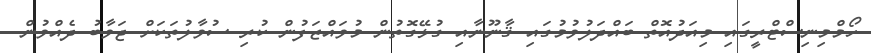
ހޯމްމިނިސްޓްރީގައި މިއަދުއޮތް ބައްދަލުވުމުގައި ޤާނޫނާއި ގުޅޭގޮތުން މުވައްޒަފުން ކުރި ސުވާލުތަކަށް ޖަވާބު ދެއްވުން